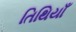
તિથિયાઁ